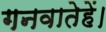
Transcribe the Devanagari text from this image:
गनवातेहें।